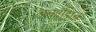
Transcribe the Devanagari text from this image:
अकाद्मिक